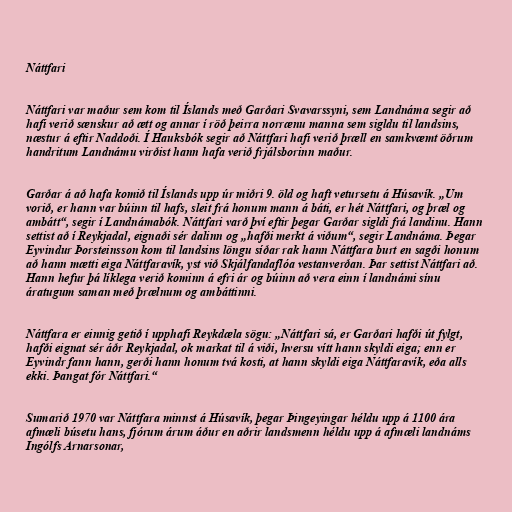
Náttfari

Náttfari var maður sem kom til Íslands með Garðari Svavarssyni, sem Landnáma segir að
hafi verið sænskur að ætt og annar í röð þeirra norrænu manna sem sigldu til landsins,
næstur á eftir Naddoði. Í Hauksbók segir að Náttfari hafi verið þræll en samkvæmt öðrum
handritum Landnámu virðist hann hafa verið frjálsborinn maður.

Garðar á að hafa komið til Íslands upp úr miðri 9. öld og haft vetursetu á Húsavík. „Um
vorið, er hann var búinn til hafs, sleit frá honum mann á báti, er hét Náttfari, og þræl og
ambátt“, segir í Landnámabók. Náttfari varð því eftir þegar Garðar sigldi frá landinu. Hann
settist að í Reykjadal, eignaði sér dalinn og „hafði merkt á viðum“, segir Landnáma. Þegar
Eyvindur Þorsteinsson kom til landsins löngu síðar rak hann Náttfara burt en sagði honum
að hann mætti eiga Náttfaravík, yst við Skjálfandaflóa vestanverðan. Þar settist Náttfari að.
Hann hefur þá líklega verið kominn á efri ár og búinn að vera einn í landnámi sínu
áratugum saman með þrælnum og ambáttinni.

Náttfara er einnig getið í upphafi Reykdæla sögu: „Náttfari sá, er Garðari hafði út fylgt,
hafði eignat sér áðr Reykjadal, ok markat til á viði, hversu vítt hann skyldi eiga; enn er
Eyvindr fann hann, gerði hann honum tvá kosti, at hann skyldi eiga Náttfaravík, eða alls
ekki. Þangat fór Náttfari.“

Sumarið 1970 var Náttfara minnst á Húsavík, þegar Þingeyingar héldu upp á 1100 ára
afmæli búsetu hans, fjórum árum áður en aðrir landsmenn héldu upp á afmæli landnáms
Ingólfs Arnarsonar,